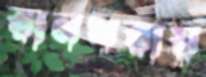
রানখরায়